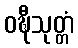
ဝဍ္ဎီသုတ္တံ